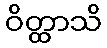
ဝိတ္ထာသိ